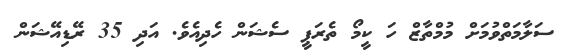
ސަލާމަތްވުމަށް މުމްތާޒް ހަ ކީމޯ ތެރަޕީ ސެޝަން ހެދިއެވެ. އަދި 35 ރޭޑިއޭޝަން